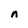
Character: n